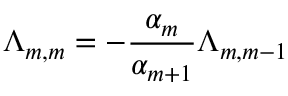
\Lambda _ { m , m } = - \frac { \alpha _ { m } } { \alpha _ { m + 1 } } \Lambda _ { m , m - 1 }